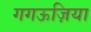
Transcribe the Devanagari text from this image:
गगऊज़िया